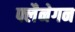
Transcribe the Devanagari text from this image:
फ्लैनेगन